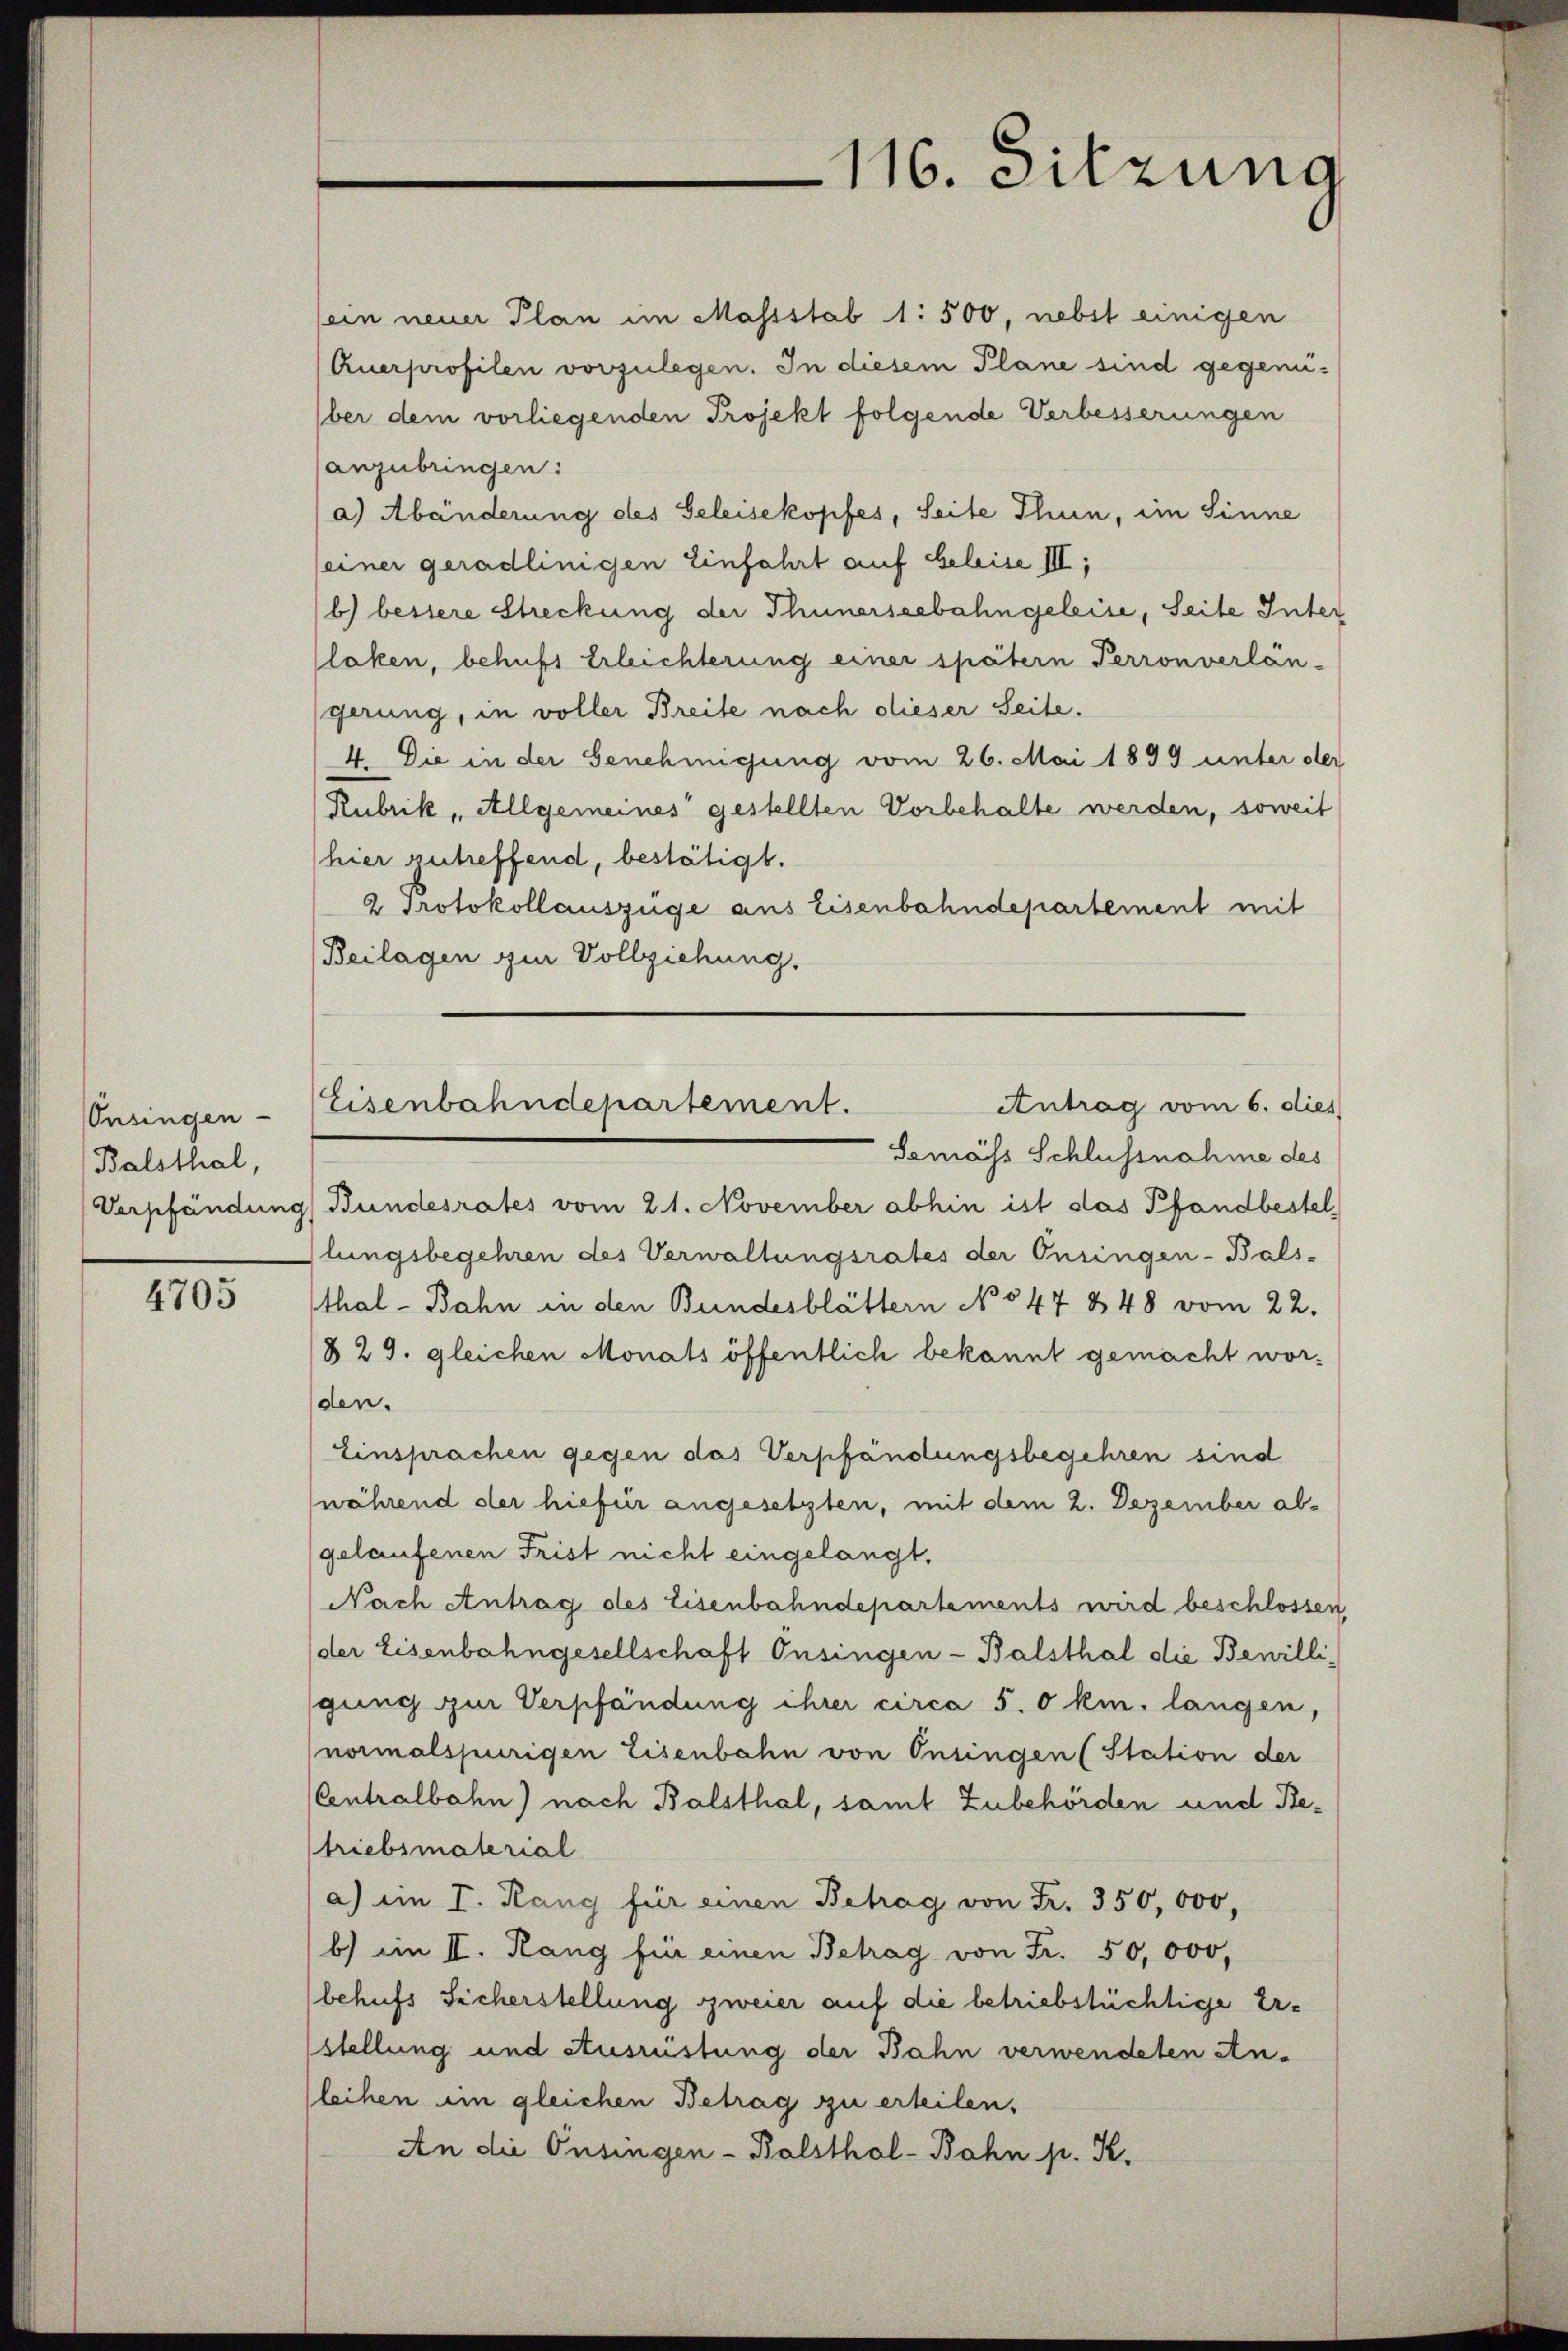
Onsingen
Balsthal,

4705

sein neuer Plan im Massstab 1: 500, nebst einigen
Querprofilen vorzulegen. In diesem Plane sind gegenüber dem vorliegenden Projekt folgende Verbesserungen
anzubringen:
a) Abänderung des Geleisekopfes, Seite Thun, im Sinne
(einer geradlinigen Einfahrt auf Geleise III,
b) bessere Streckung der Thunerseebahngeleise, Seite Inter
(laken, behufs Erleichterung einer spätern Perron verlängerung, in voller Breite nach dieser Seite.
4. Die in der Genehmigung vom 26. Mai 1899 unter der
Rubrik „Allgemeines gestellten Vorbehalte werden, soweit
hier zutreffend, bestätigt.
2 Protokollauszüge aus Eisenbahndepartement mit
(Beilagen zur Vollziehung.
Gemäss Schlussnahme des
Verpfändung Bundesrates vom 21. November abhin ist das Pfandbestel
lungsbegehren des Verwaltungsrates der Onsingen-Bals-
thal - Bahn in den Bundesblättern No 547 & 48 vom 22.
829. gleichen Monats öffentlich bekannt gemacht worden.
Einsprachen gegen das Verpfändungsbegehren sind
(während der hiefür angesetzten, mit dem 2. Dezember algelaufenen Frist nicht eingelangt.
Nach Antrag des Eisenbahndepartements wird beschlossen
der Eisenbahngesellschaft Onsingen - Balsthal die Bewilli-
gung zur Verpfändung ihrer circa 5.0 km. langen,
normalspurigen Eisenbahn von Onsingen (Station der
CCentralbahn) nach Balsthal, samt Zubehörden und Retriebsmaterial
a) im I. Rang für einen Betrag von Fr. 350,000,
b) im II. Rang für einen Betrag von Fr. 50,000,
behufs Sicherstellung zweier auf die betriebstüchtige Erstellung und Ausrüstung der Bahn verwendeten An-
leihen im gleichen Betrag zu erteilen,
An die Onsingen - Balsthal-Bahn p. K.

.
116. Sitzung

Eisenbahndepartement.
Antrag vom 6. dies